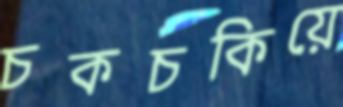
চকচকিয়ে